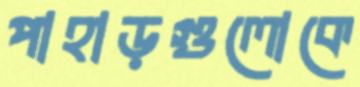
পাহাড়গুলোকে